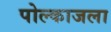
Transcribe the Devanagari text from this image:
पोल्काजला